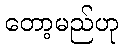
တော့မည်ဟု